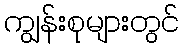
ကျွန်းစုများတွင်